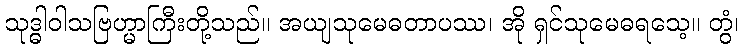
သုဒ္ဓါဝါသဗြဟ္မာကြီးတို့သည်။ အယျသုမေဓတာပဿ၊ အို ရှင်သုမေဓရသေ့။ တွံ၊